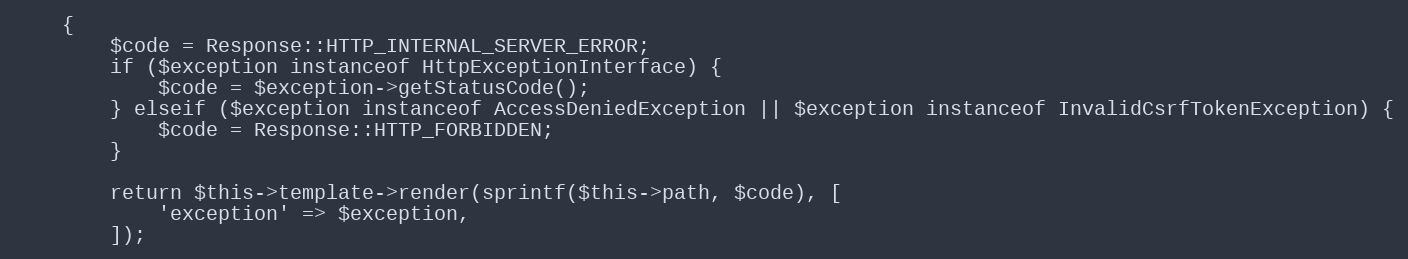
Language: PHP
    {
        $code = Response::HTTP_INTERNAL_SERVER_ERROR;
        if ($exception instanceof HttpExceptionInterface) {
            $code = $exception->getStatusCode();
        } elseif ($exception instanceof AccessDeniedException || $exception instanceof InvalidCsrfTokenException) {
            $code = Response::HTTP_FORBIDDEN;
        }

        return $this->template->render(sprintf($this->path, $code), [
            'exception' => $exception,
        ]);